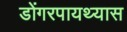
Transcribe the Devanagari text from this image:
डोंगरपायथ्यास